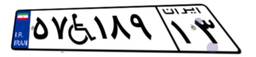
۵۷W۱۸۹۱۳